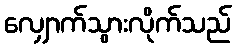
လျှောက်သွားလိုက်သည်